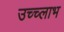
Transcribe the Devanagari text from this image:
उच्च्लाभ